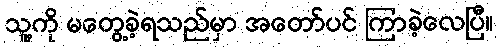
သူ့ကို မတွေ့ခဲ့ရသည်မှာ အတော်ပင် ကြာခဲ့လေပြီ။